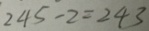
2 4 5 - 2 = 2 4 3